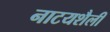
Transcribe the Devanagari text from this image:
नाटयशैली